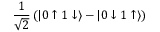
\frac { 1 } { \sqrt { 2 } } \left( | 0 \uparrow 1 \downarrow \rangle - | 0 \downarrow 1 \uparrow \rangle \right)